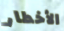
الأخطار